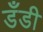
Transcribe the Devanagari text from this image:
डँडी